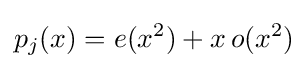
p_{j}(x)=e(x^{2})+x\,o(x^{2})